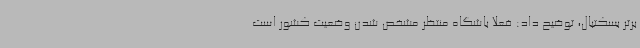
برتر بسکتبال، توضیح داد: فعلا باشگاه منتظر مشخص شدن وضعیت کشور است